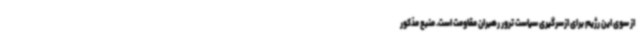
از سوی این رژیم برای ازسرگیری سیاست ترور رهبران مقاومت است. منبع مذکور